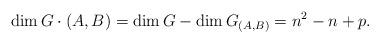
LaTeX: \begin{align*}\dim G\cdot (A,B)=\dim G-\dim G_{(A,B)}=n^2-n+p.\end{align*}